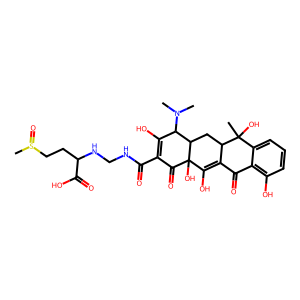
SMILES: CN(C)C1C(O)=C(C(=O)NCNC(CCS(C)=O)C(=O)O)C(=O)C2(O)C(O)=C3C(=O)c4c(O)cccc4C(C)(O)C3CC12
Inhibits HIV replication: No